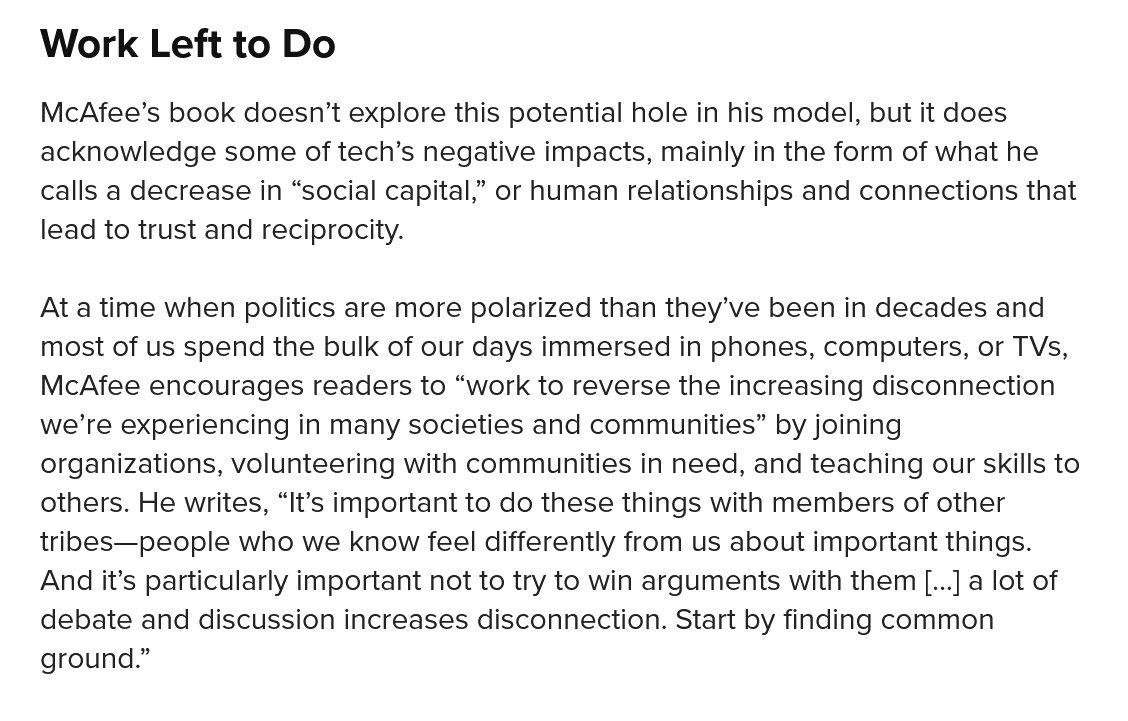
Work    Left to  Do
   McAfee’s book doesn’t explore this potential hole in his model, but it does
   acknowledge  some of tech’s negative impacts, mainly in the form of what he
   calls a decrease in “social capital,” or human relationships and connections that
   lead to trust and reciprocity.
   At a time when politics are more polarized than they’ve been in decades and
   most of us spend the bulk of our days immersed in phones, computers, or TVs,
   McAfee  encourages readers to “work to reverse the increasing disconnection
   we’re experiencing in many societies and communities” by joining
   organizations, volunteering with communities in need, and teaching our skills to
   others. He writes, “It’s important to do these things with members of other
   tribes—people who we know feel differently from us about important things.
   And it’s particularly important not to try to win arguments with them [...] a lot of
   debate and discussion increases disconnection. Start by finding common
   ground.”